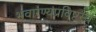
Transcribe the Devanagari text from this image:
भवारण्यप्रविष्टस्य